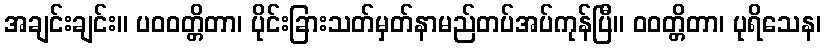
အချင်းချင်း။ ပဝဝတ္တိတာ၊ ပိုင်းခြားသတ်မှတ်နာမည်တပ်အပ်ကုန်ပြီ။ ဝဝတ္တိတာ၊ ပုရိသေန၊